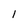
Character: 1